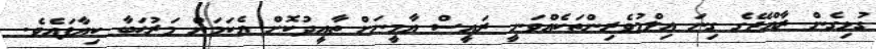
ގުޅިގެން ރާއްޖޭގެ ގިނަ ޢިލްމުވެރިންތަކެއްވަނީ ރައީސް ޔާމީނަށް ތާއީދުކޮށް އެކަމަށް މަރުޙަބާ ކިޔާފައެވެ.